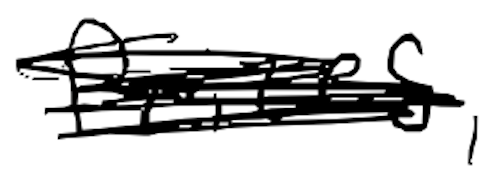
Text: Prizes,
Cross-out: scratch
Writing tool: digital_black